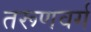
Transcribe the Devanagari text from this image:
तरूणवर्ग